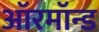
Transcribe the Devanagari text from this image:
ऑरमॉन्ड